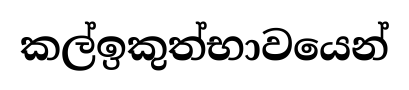
කල්ඉකුත්භාවයෙන්